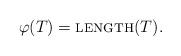
LaTeX: \begin{align*}\varphi(T) = \textsc{length}(T).\end{align*}